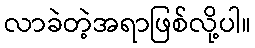
လာခဲတဲ့အရာဖြစ်လို့ပါ။